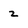
Character: 2